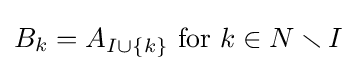
B_{k}=A_{I\cup \{k\}}{\text{ for }}k\in N\smallsetminus I